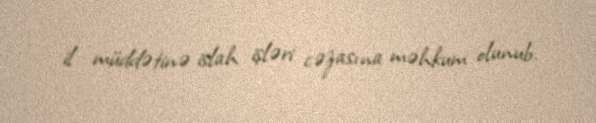
il müddətinə islah işləri cəzasına məhkum olunub.